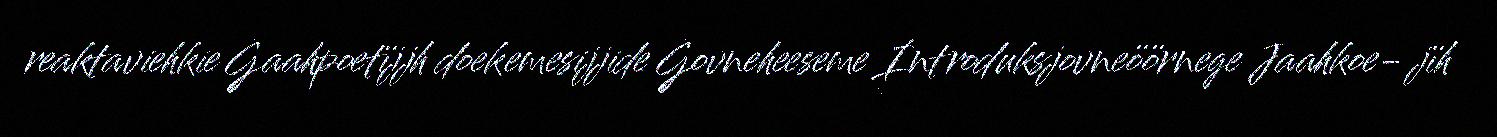
reaktaviehkie Gaahpoetïjjh doekemesijjide Govneheeseme Introduksjovneöörnege Jaahkoe- jïh